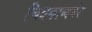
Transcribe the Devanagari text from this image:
चित्रकाव्यभेद